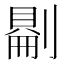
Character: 𠟔